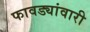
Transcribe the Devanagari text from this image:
फावड्यांवारी